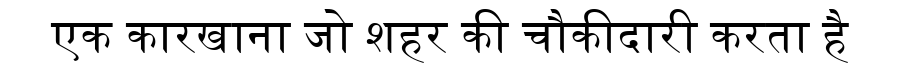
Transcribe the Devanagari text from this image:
एक कारखाना जो शहर की चौकीदारी करता है